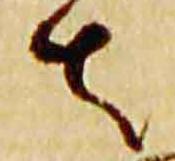
者